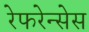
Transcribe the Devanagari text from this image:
रेफरेन्सेस